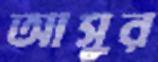
আসুর